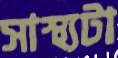
সাস্থ্যটা